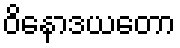
ဝိနောဒယတော